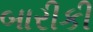
બારીકી